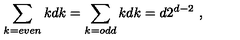
\sum _ { k = e v e n } k { \binom { d } { k } } = \sum _ { k = o d d } k { \binom { d } { k } } = d 2 ^ { d - 2 } \ ,